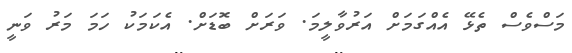
މަސްވެސް ތެޅޭ އެއްގަމަށް އަރުވާލީމަ. ވަރަށް ބޮޑަށް. އެކަމަކު ހަމަ މަރު ވަނީ